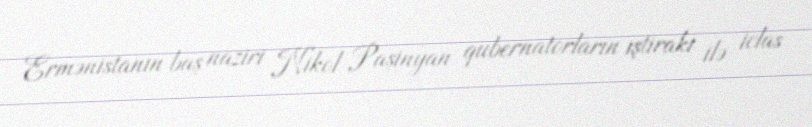
Ermənistanın baş naziri Nikol Paşinyan qubernatorların iştirakı ilə iclas